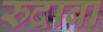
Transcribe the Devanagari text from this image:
रुदाबा